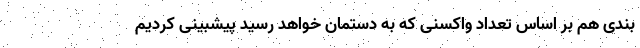
بندی هم بر اساس تعداد واکسنی که به دستمان خواهد رسید پیشبینی کردیم